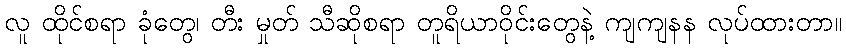
လူ ထိုင်စရာ ခုံတွေ၊ တီး မှုတ် သီဆိုစရာ တူရိယာဝိုင်းတွေနဲ့ ကျကျနန လုပ်ထားတာ။